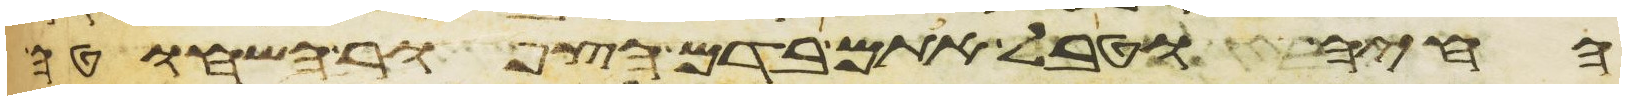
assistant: החיה וטבל אתם בדם הצפור השחוטה